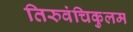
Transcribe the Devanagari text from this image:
तिरुवंचिकुलम